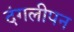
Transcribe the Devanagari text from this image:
दंगलीपन